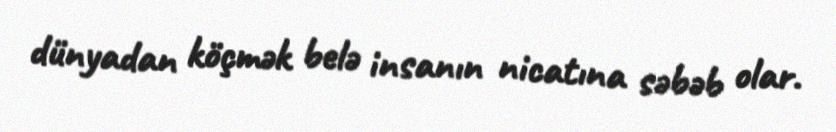
dünyadan köçmək belə insanın nicatına səbəb olar.